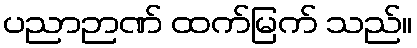
ပညာဉာဏ် ထက်မြက် သည်။